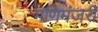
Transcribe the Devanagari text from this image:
मणिमंजरी